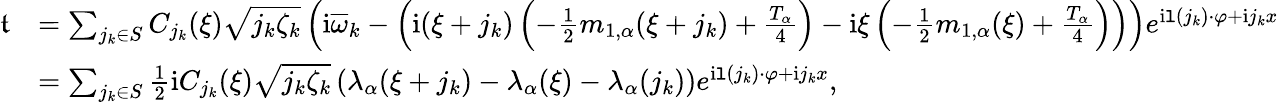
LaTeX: \begin{array}{rl}{\mathfrak{t}}&{=\sum_{j_{k}\in S}C_{j_{k}}(\xi)\sqrt{j_{k}\zeta_{k}}\left(\mathrm{i}\overline{{\omega}}_{k}-\left(\mathrm{i}(\xi+j_{k})\left(-\frac{1}{2}m_{1,\alpha}(\xi+j_{k})+\frac{T_{\alpha}}{4}\right)-\mathrm{i}\xi\left(-\frac{1}{2}m_{1,\alpha}(\xi)+\frac{T_{\alpha}}4\right)\right)\right)e^{\mathrm{i}\mathtt{l}(j_{k})\cdot\varphi+\mathrm{i}j_{k}x}}\\ &{=\sum_{j_{k}\in S}\frac{1}{2}\mathrm{i}C_{j_{k}}(\xi)\sqrt{j_{k}\zeta_{k}}\left(\lambda_{\alpha}(\xi+j_{k})-\lambda_{\alpha}(\xi)-\lambda_{\alpha}(j_{k})\right)e^{\mathrm{i}\mathtt{l}(j_{k})\cdot\varphi+\mathrm{i}j_{k}x},}\end{array}